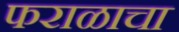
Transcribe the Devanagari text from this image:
फराळाचा